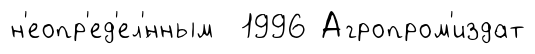
н'еопр'ед'ел'́нным 1996 Агропром'издат